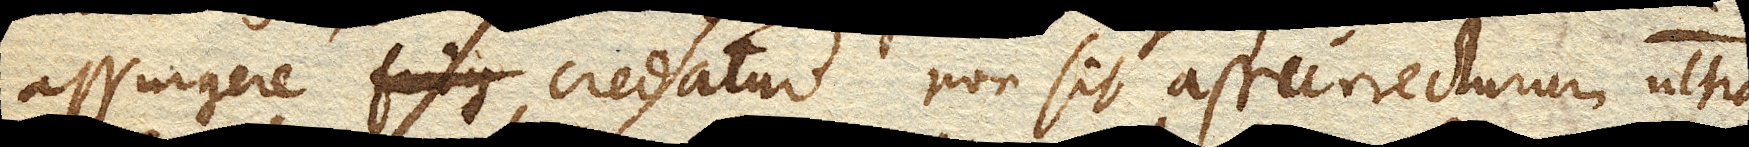
assurgere credatur non sit assurrecturum ultra